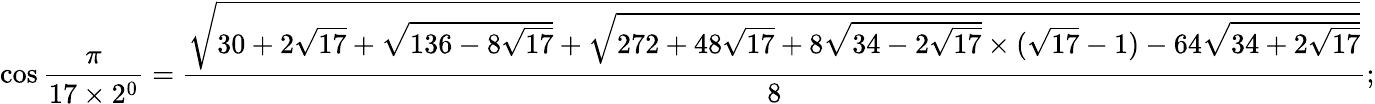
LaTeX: \cos{\frac{\pi}{17\times 2^{0}}}={\frac{\sqrt{30+2{\sqrt{17}}+{\sqrt{136-8{\sqrt{17}}}}+{\sqrt{272+48{\sqrt{17}}+8{\sqrt{34-2{\sqrt{17}}}}\times({\sqrt{17}}-1)-64{\sqrt{34+2{\sqrt{17}}}}}}}}{8}};